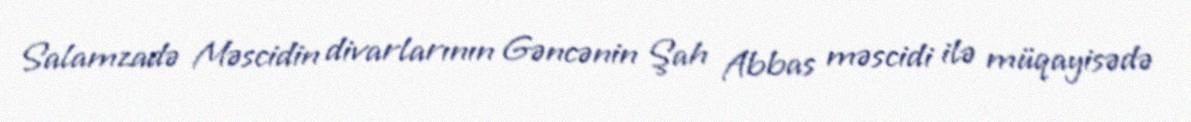
Salamzadə Məscidin divarlarının Gəncənin Şah Abbas məscidi ilə müqayisədə